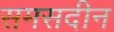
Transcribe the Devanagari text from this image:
समसदीन